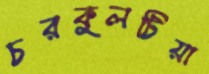
চরকুলটিয়া